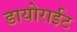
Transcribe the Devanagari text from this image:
डायोराईट